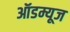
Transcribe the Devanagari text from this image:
ऑडम्यूज